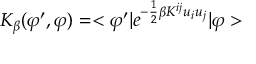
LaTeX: K _ { \beta } ( \varphi ^ { \prime } , \varphi ) = < \varphi ^ { \prime } | e ^ { - \frac { 1 } { 2 } \beta K ^ { i j } u _ { i } u _ { j } } | \varphi >